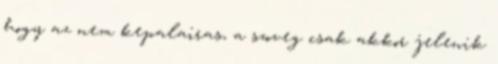
hogy az nem kepalairas, a szoveg csak akkor jelenik